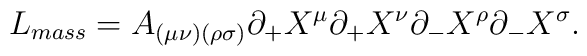
L_{mass} = A_{(\mu \nu)(\rho \sigma)} \partial _{+} X^{\mu} \partial _{+}X^{\nu} \partial _{-} X^{\rho} \partial _{-} X^{\sigma} .